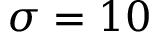
\sigma = 1 0